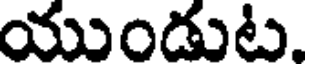
యుండుట.